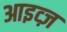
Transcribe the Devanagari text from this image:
आइव्ज़